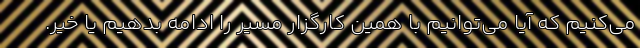
می‌کنیم که آیا می‌توانیم با همین کارگزار مسیر را ادامه بدهیم یا خیر.